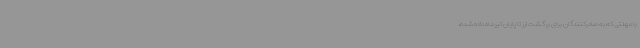
با مهلتی که به صادرکنندگان برای برگشت ارز تا پایان تیرماه داده شده،